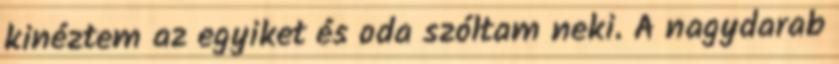
kinéztem az egyiket és oda szóltam neki. A nagydarab